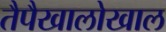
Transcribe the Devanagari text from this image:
तैपैखालोखाल